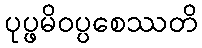
ပုပ္ဖမိဝပ္ပစေဿတိ